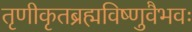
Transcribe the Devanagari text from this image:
तृणीकृतब्रह्मविष्णुवैभवः